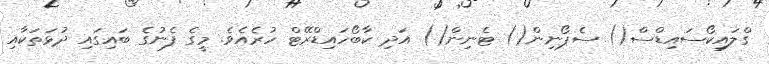
ގްލައިކޯސައިޑްސް() ސެޕޯނިން() ޓެނިން() އަދި ކާބޯހައިޑްރޭޓް ހުރެއެވެ. މީގެ ފެނުގެ ބައިގައި ދުޅަތަކާއި